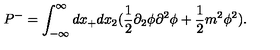
P ^ { - } = \int _ { - \infty } ^ { \infty } d x _ { + } d x _ { 2 } ( \frac { 1 } { 2 } \partial _ { 2 } \phi \partial ^ { 2 } \phi + \frac { 1 } { 2 } m ^ { 2 } \phi ^ { 2 } ) .